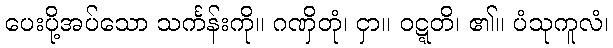
ပေးပို့အပ်သော သင်္ကန်းကို။ ဂဏှိတုံ၊ ငှာ။ ဝဋ္ဋတိ၊ ၏။ ပံသုကူလံ၊